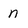
Character: n